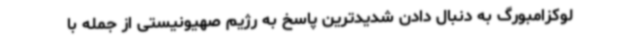
لوکزامبورگ به دنبال دادن شدیدترین پاسخ به رژیم صهیونیستی از جمله با